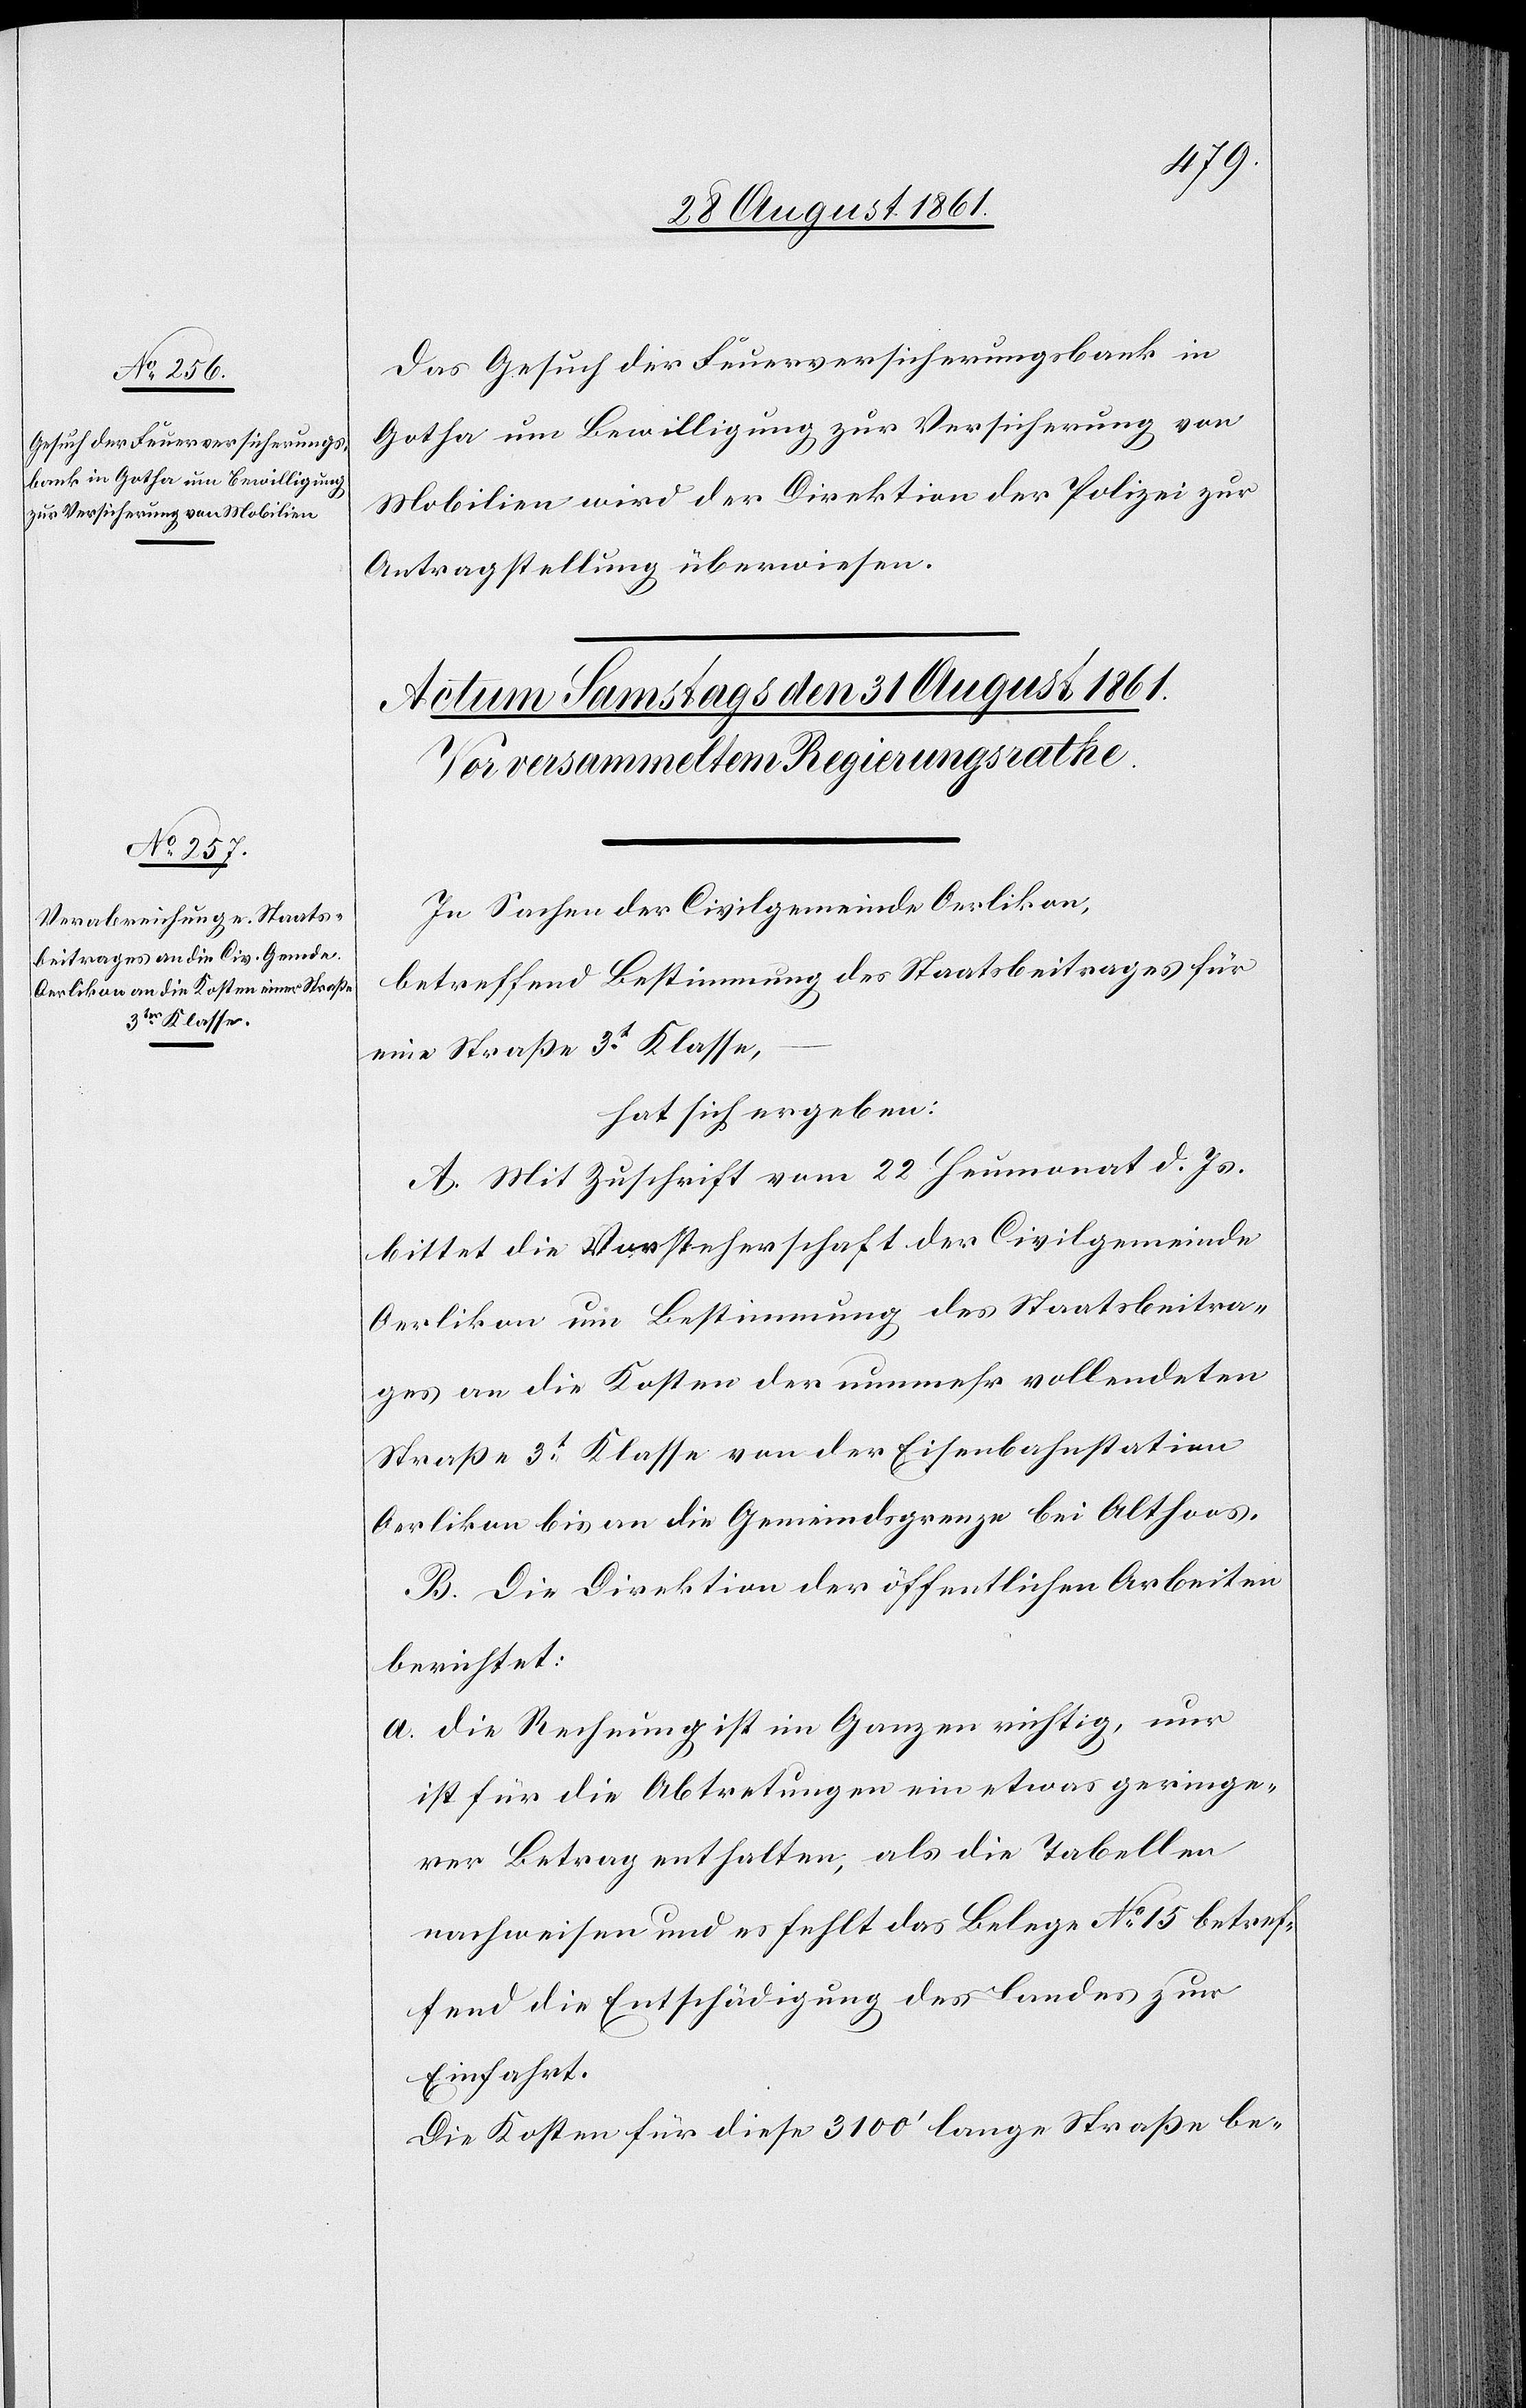
30 August 1861.]
Das Gesuch der Feuerversicherungsbank in
Gotha um Bewilligung zur Versicherung von
Mobilien wird der Direktion der Polizei zur
Antragstellung überwiesen.
In Sachen der Civilgemeinde Oerlikon,
betreffend Bestimmung des Staatsbeitrages für
eine Straße 3t Klasse,
hat sich ergeben:
A. Mit Zuschrift vom 22 Heumonat d. Js.
bittet die Vorsteherschaft der Civilgemeinde
Oerlikon um Bestimmung des Staatsbeitra¬
ges an die Kosten der nunmehr vollendeten
Straße 3t Klasse von der Eisenbahnstation
Oerlikon bis an die Gemeindsgrenze bei Althoos.
B. Die Direktion der öffentlichen Arbeiten
berichtet:
a. Die Rechnung ist im Ganzen richtig, nur
ist für die Abtretungen ein etwas geringe¬
rer Betrag enthalten, als die Tabellen
nachweisen und es fehlt das Belege N° 15 betref¬
fend die Entschädigung des Landes zur
Einfahrt.
Die Kosten für diese 3100’ lange Straße be-